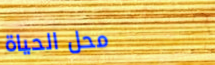
محل الحياة